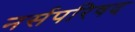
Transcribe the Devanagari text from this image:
नर्सपरिषद